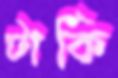
টার্কি